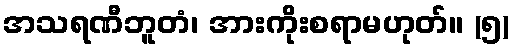
အသရဏီဘူတံ၊ အားကိုးစရာမဟုတ်။ (၅)